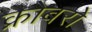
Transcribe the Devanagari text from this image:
क्रोबरो